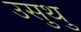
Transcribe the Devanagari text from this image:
उसुथु